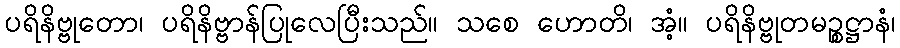
ပရိနိဗ္ဗုတော၊ ပရိနိဗ္ဗာန်ပြုလေပြီးသည်။ သစေ ဟောတိ၊ အံ့။ ပရိနိဗ္ဗုတမဉ္စဋ္ဌာနံ၊